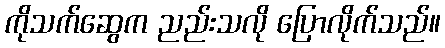
ကိုသက်ဆွေက ညည်းသလို ပြောလိုက်သည်။